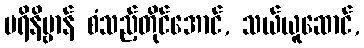
ပရိနိဗ္ဗာန် စံသည့်တိုင်အောင်, သယ်ယူဆောင်,